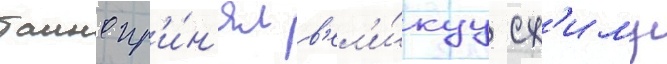
таино пр'и́н'ял в'ел'и́куу сх'иму